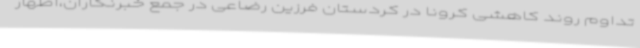
تداوم روند کاهشی کرونا در کردستان فرزین رضاعی در جمع خبرنگاران،اظهار